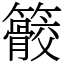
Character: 䉰